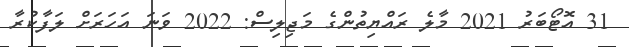
31 އޮޓޯބަރު 2021 މާލެ ރައްޔިތުންގެ މަޖިލިސް: 2022 ވަނަ އަހަރަށް ލަފާކުރާ